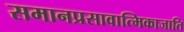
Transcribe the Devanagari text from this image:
समानप्रसावात्मिकाजाति